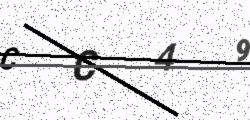
Text: CC49